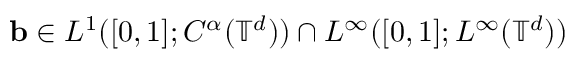
\ensuremath { \mathbf { b } } \in L ^ { 1 } ( [ 0 , 1 ] ; C ^ { \alpha } ( \ensuremath { \mathbb { T } } ^ { d } ) ) \cap L ^ { \infty } ( [ 0 , 1 ] ; L ^ { \infty } ( \ensuremath { \mathbb { T } } ^ { d } ) )